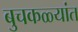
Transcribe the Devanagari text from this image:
बुचकळ्यांत